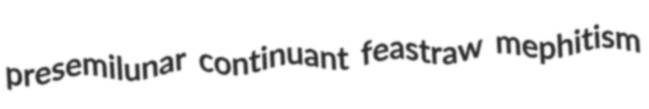
presemilunar continuant feastraw mephitism